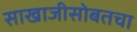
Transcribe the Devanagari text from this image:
साखाजीसोबतचा